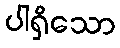
ပါရှိသော